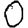
Digit: 0